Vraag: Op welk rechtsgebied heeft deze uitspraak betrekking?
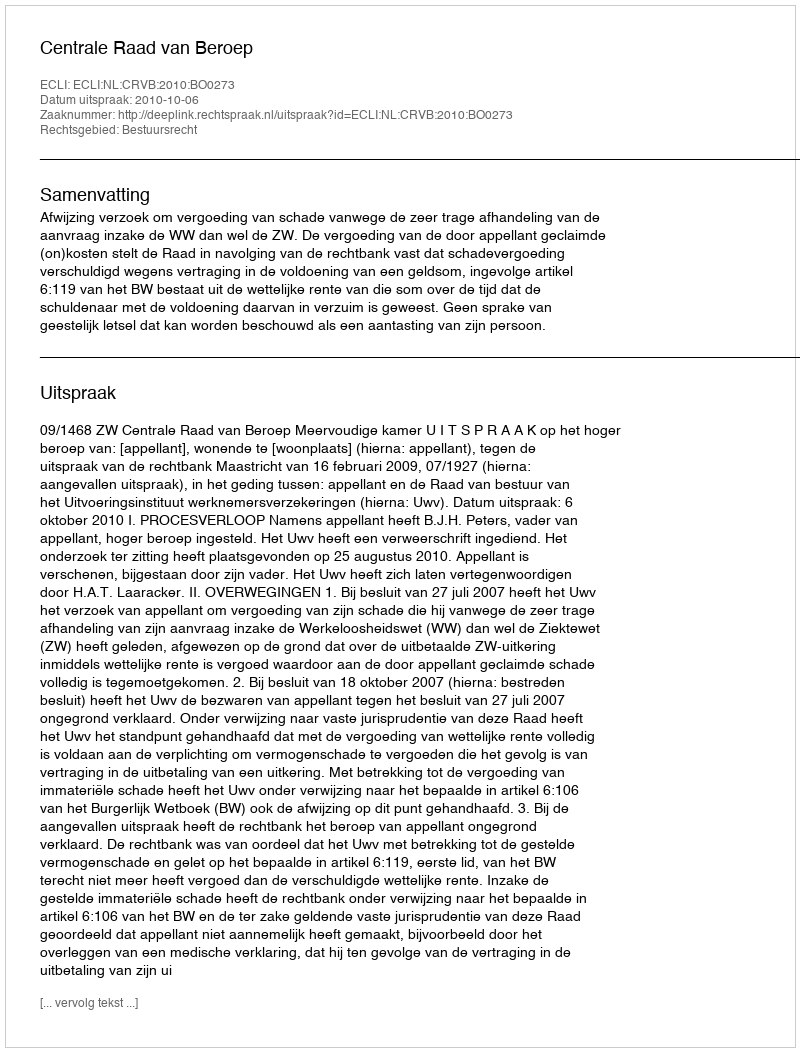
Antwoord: Bestuursrecht